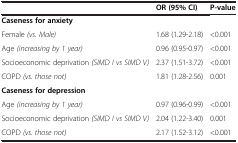
|  | OR (95% CI) | P-value |
 | --- | --- | --- |
 | Caseness for anxiety |  |  |
 | Female (vs. Male) | 1.68 (1.29-2.18) | <0.001 |
 | Age (increasing by 1 year) | 0.96 (0.95-0.97) | <0.001 |
 | Socioeconomic deprivation (SIMD I vs SIMD V) | 2.37 (1.51-3.72) | <0.001 |
 | COPD (vs. those not) | 1.81 (1.28-2.56) | 0.001 |
 | Caseness for depression |  |  |
 | Age (increasing by 1 year) | 0.97 (0.96-0.99) | <0.001 |
 | Socioeconomic deprivation (SIMD I vs SIMD V) | 2.04 (1.22-3.40) | 0.001 |
 | COPD (vs. those not) | 2.17 (1.52-3.12) | <0.001 |